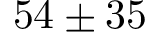
5 4 \pm 3 5